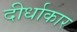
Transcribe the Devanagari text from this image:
दीर्धाकार